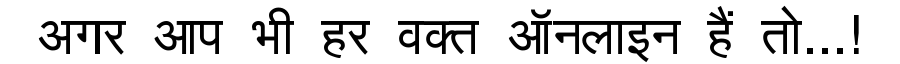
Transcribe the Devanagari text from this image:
अगर आप भी हर वक्त ऑनलाइन हैं तो...!